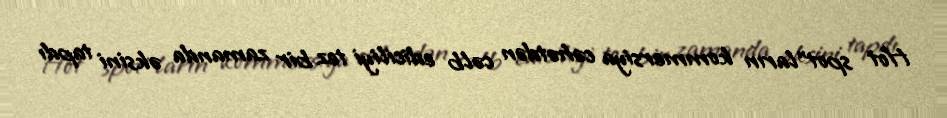
Hot spot"ların kommersiya cəhətdən cəlb ediciliyi tez bir zamanda əksini tapdı